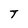
Character: T